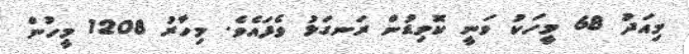
މިއަދު 68 މީހަކު ވަނީ ކޮވިޑުން ރަނގަޅު ވެފައެވެ. މިހާރު 1208 މީހުން